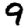
Digit: 9